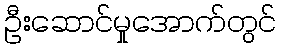
ဦးဆောင်မှုအောက်တွင်